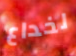
لخداع